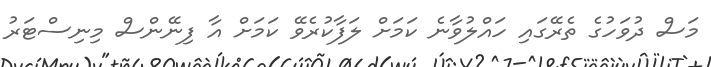
މަސް ދުވަހުގެ ތެރޭގައި ހައްލުވާނެ ކަމަށް ލަފާކުރެވޭ ކަމަށް އާ ފިނޭންސް މިނިސްޓަރު